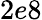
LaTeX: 2e8